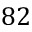
8 2